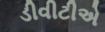
ડીવીટીએ